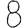
Digit: 8